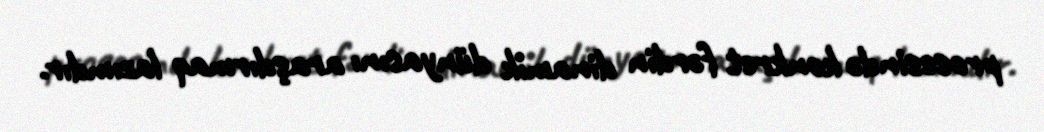
prosesində konkret fərdin dinamik dünyasını araşdırmaq lazımdır.